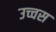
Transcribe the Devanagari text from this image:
उच्चस